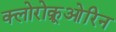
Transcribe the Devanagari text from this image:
क्लोरोक्रूओरिन